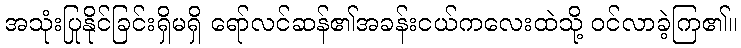
အသုံးပြုနိုင်ခြင်းရှိမရှိ ရော်လင်ဆန်၏အခန်းငယ်ကလေးထဲသို့ ဝင်လာခဲ့ကြ၏။